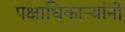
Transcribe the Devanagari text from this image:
पक्षाधिकाऱ्यांनी